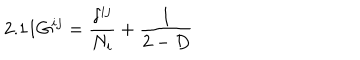
2 . 1 1 G ^ { i j } = \frac { \delta ^ { i j } } { N _ { i } } + \frac { 1 } { 2 - D }